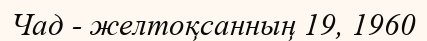
Чад - желтоқсанның 19, 1960